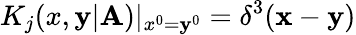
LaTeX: K_{j}(x,\mathbf{y}|\mathbf{A})|_{x^{0}=\mathbf{y}^{0}}=\delta^{3}({\mathbf{x}}-{\mathbf{\mathbf{y}}})